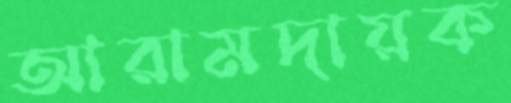
আরামদায়ক